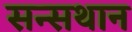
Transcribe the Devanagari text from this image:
सन्सथान